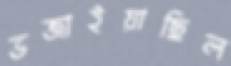
ভজাইয়াছিল